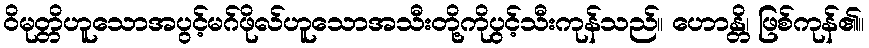
ဝိမုတ္တိဟူသောအပွင့်မဂ်ဖိုလ်ဟူသောအသီးတို့ကိုပွင့်သီးကုန်သည်။ ဟောန္တိ၊ ဖြစ်ကုန်၏။